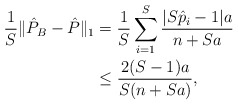
\begin{align*}\frac{1}{S} \| \hat{P}_B - \hat{P} \|_1 & = \frac{1}{S} \sum_{i = 1}^S \frac{|S \hat{p}_i - 1|a}{n+Sa} \\& \leq \frac{2(S-1)a}{S(n+Sa)}, \end{align*}